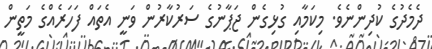
ދެމެދުގެ ކުދިންނެވެ. މިކަމާއި ގުޅިގެން ޖަޕާނުގެ ސަރުކާރުން ވަނީ އެތައް ފަހަރެއްގެ މަތީން